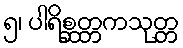
၅၊ ပါရိစ္ဆတ္တကသုတ္တ